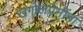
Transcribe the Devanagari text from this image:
खगोलप्रेमींना